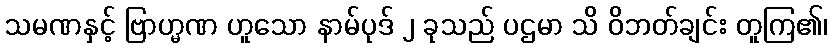
သမဏနှင့် ဗြာဟ္မဏ ဟူသော နာမ်ပုဒ် ၂ ခုသည် ပဌမာ သိ ဝိဘတ်ချင်း တူကြ၏၊